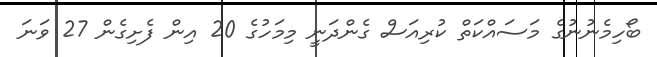
ބޯހިމެނުނުގެ މަސައްކަތް ކުރިއަސް ގެންދަނީ މިމަހުގެ 20 އިން ފެށިގެން 27 ވަނަ